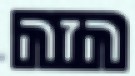
הזה